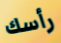
رأسك